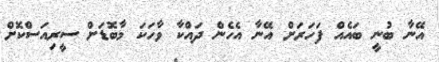
އޭނާ ބުނީ ބައެއް ފަހަރަށް އޭނާ އެހެން ދައްކާ ވާހަކަ މާބޮޑަށް ސީރިއަސްކޮށް